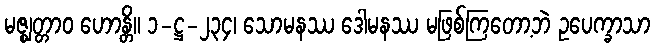
မဇ္ဈတ္တာဝ ဟောန္တိ။ ၁-ဋ္ဌ-၂၃၄၊ သောမနဿ ဒေါမနဿ မဖြစ်ကြတော့ဘဲ ဥပေက္ခာသာ